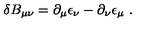
\delta B _ { \mu \nu } = \partial _ { \mu } \epsilon _ { \nu } - \partial _ { \nu } \epsilon _ { \mu } \ .